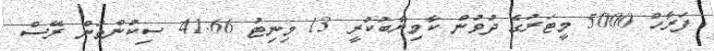
ފަރާހް 5000 މީޓަރުގެ ދުވުން ކާމިޔާބުކުރީ 13 މިނިޓު 41.66 ސިކުންތުން ރޭސް